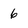
Character: 6